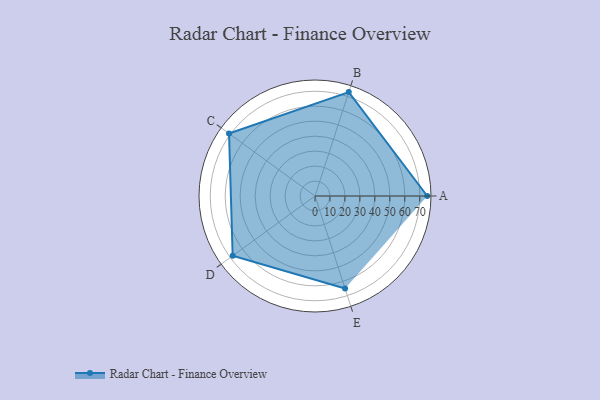
{"axis": {"x": "Skill", "y": "Score"}, "legend": ["Profile"], "data": [{"x": "A", "y": 75.0, "type": "Profile"}, {"x": "B", "y": 73.0, "type": "Profile"}, {"x": "C", "y": 71.0, "type": "Profile"}, {"x": "D", "y": 68.0, "type": "Profile"}, {"x": "E", "y": 65.0, "type": "Profile"}]}